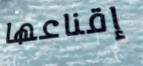
إقناعها